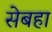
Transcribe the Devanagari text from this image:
सेबहा